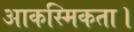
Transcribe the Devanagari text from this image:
आकस्मिकता।